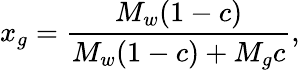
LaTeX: x_{g}=\frac{M_{w}(1-c)}{M_{w}(1-c)+M_{g}c},